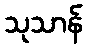
သုသာန်